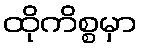
ထိုကိစ္စမှာ